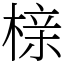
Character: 榇